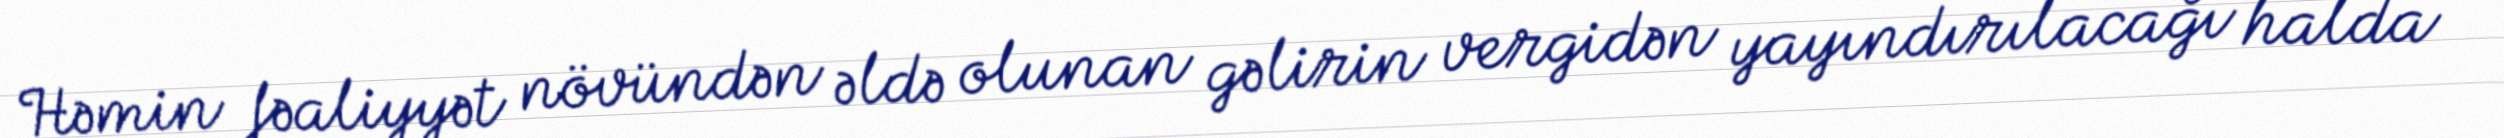
Həmin fəaliyyət növündən əldə olunan gəlirin vergidən yayındırılacağı halda